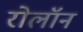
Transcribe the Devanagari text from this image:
रोलॉन